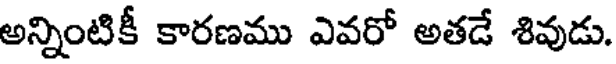
అన్నింటికీ కారణము ఎవరో అతడే శివుడు.